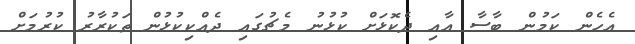
އެހެން ކަމުން ބާސާ އާއި ދެކޮޅަށް ކުޅުނު މެޗުގައި ދެއްކިކުޅުން ތަކުރާރު ކުރުމަށް